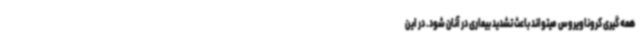
همه گیری کروناویروس میتواند باعث تشدید بیماری در آنان شود. در این